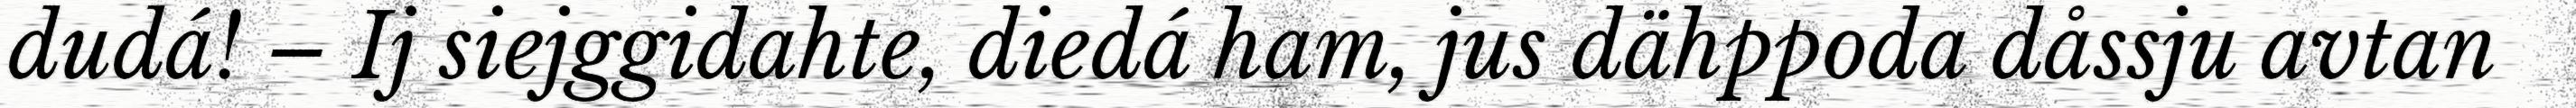
dudá! – Ij siejggidahte, diedá ham, jus dähppoda dåssju avtan